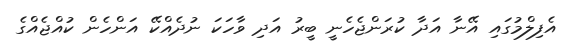
އެފިލްމުގައި އޭނާ އަދާ ކުރަންޖެހެނީ ބީރު އަދި ވާހަކަ ނުދެއްކޭ އަންހެން ކުއްޖެއްގެ